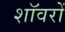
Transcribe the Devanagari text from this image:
शॉवरों